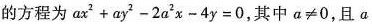
的方程为 $$a x ^{ 2 } + a y ^ {2} - 2